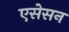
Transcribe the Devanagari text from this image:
एसेसन